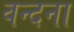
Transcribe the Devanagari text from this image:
वन्‍दना